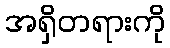
အရှိတရားကို